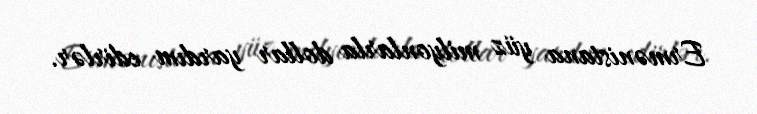
Ermənistana yüz milyonlarla dollar yardım edirlər.